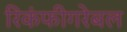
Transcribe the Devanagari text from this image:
रिकंफीगरेबल